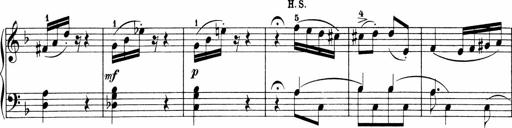
Title: Sonatinen Op.47, 98 und 136, nebst 6 Liedersonatinen
Composer: Carl Reinecke